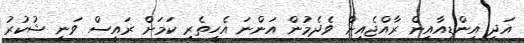
އަދި އިންޑިއާއިން ރާއްޖެއިން ވެދެމުން އަންނަ އެހީތެރި ކަމަށް ރައީސް ވަނީ ޝުކުރު